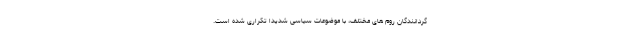
گردانندگان روم های مختلف، با موضوعات سیاسی شدیدا تکراری شده است.